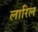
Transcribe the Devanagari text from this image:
लारिल